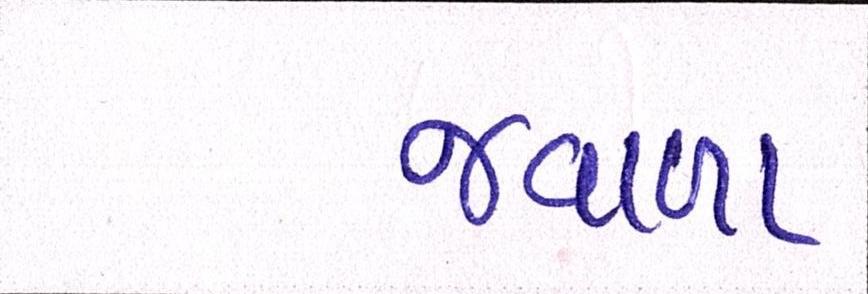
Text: જ્વાળા